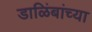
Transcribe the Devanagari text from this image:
डाळिंबांच्या